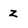
Character: z